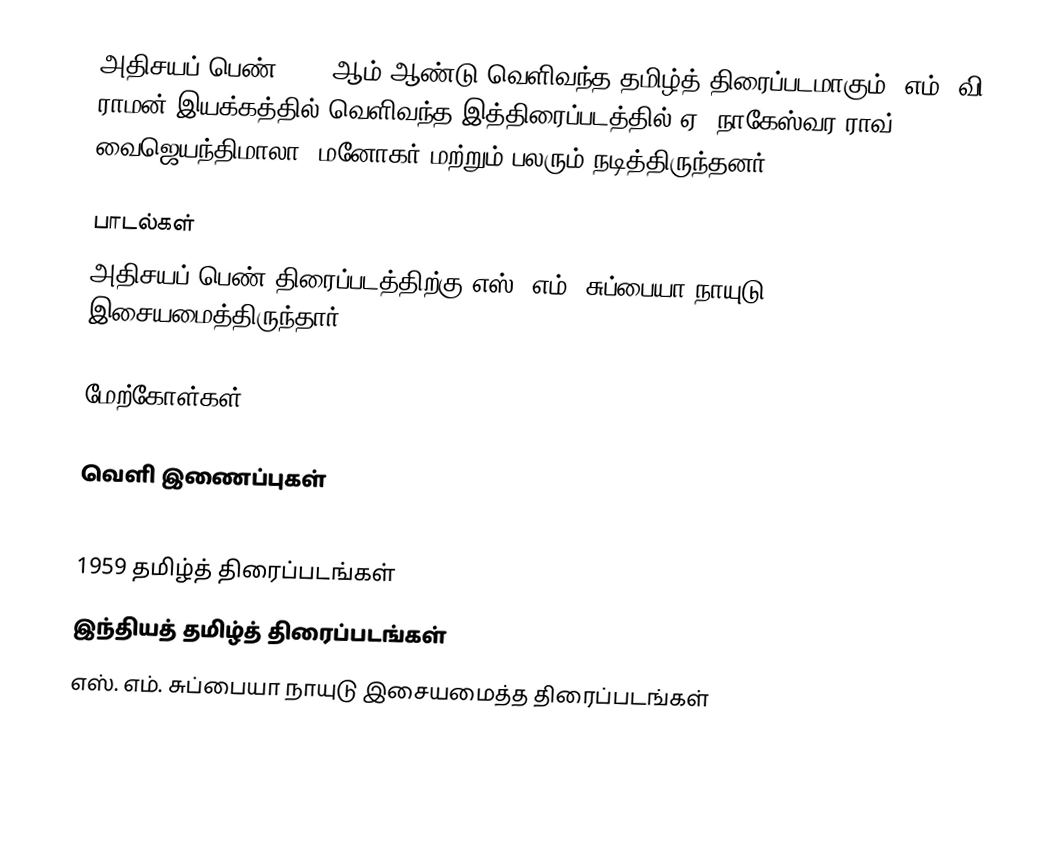
அதிசயப் பெண் 1959 ஆம் ஆண்டு வெளிவந்த தமிழ்த் திரைப்படமாகும். எம். வி. ராமன் இயக்கத்தில் வெளிவந்த இத்திரைப்படத்தில் ஏ. நாகேஸ்வர ராவ், வைஜெயந்திமாலா, மனோகர் மற்றும் பலரும் நடித்திருந்தனர்.

பாடல்கள்
அதிசயப் பெண் திரைப்படத்திற்கு எஸ். எம். சுப்பையா நாயுடு இசையமைத்திருந்தார்.

மேற்கோள்கள்

வெளி இணைப்புகள்

1959 தமிழ்த் திரைப்படங்கள்
இந்தியத் தமிழ்த் திரைப்படங்கள்
எஸ். எம். சுப்பையா நாயுடு இசையமைத்த திரைப்படங்கள்